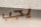
يجب